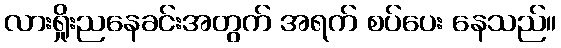
လားရှိုးညနေခင်းအတွက် အရက် စပ်ပေး နေသည်။